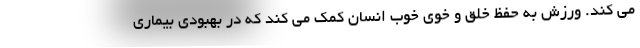
می کند. ورزش به حفظ خلق و خوی خوب انسان کمک می کند که در بهبودی بیماری